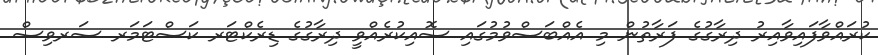
ކުރައްވާފައިވާއިރު ދިރާގުގެ ފަރާތުން މި އެއްބަސްވުމުގައި ސޮއިކުރެއްވީ ދިރާގުގެ ޑިރެކްޓަރ ކަސްޓަމަރ ސަރވިސް